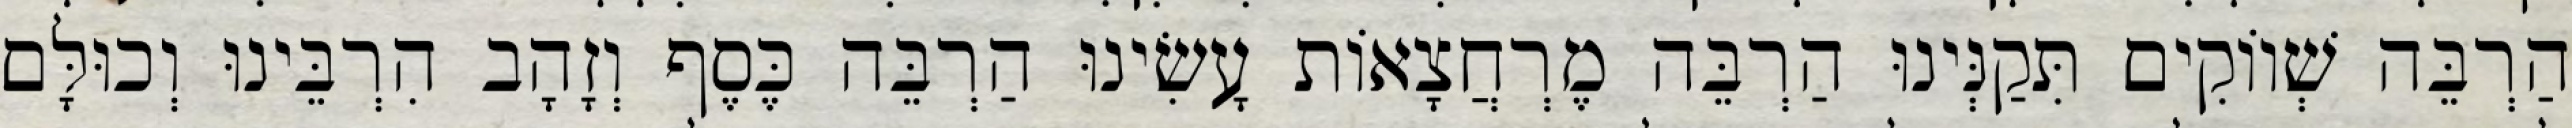
הַרְבֵּה שְׁווֹקִים תִּקַנְּינוּ הַרְבֵּה מֶרְחֲצָאוֹת עָשִׂינוּ הַרְבֵּה כֶּסֶף וְזָהָב הִרְבֵּינוּ וְכוּלָּם